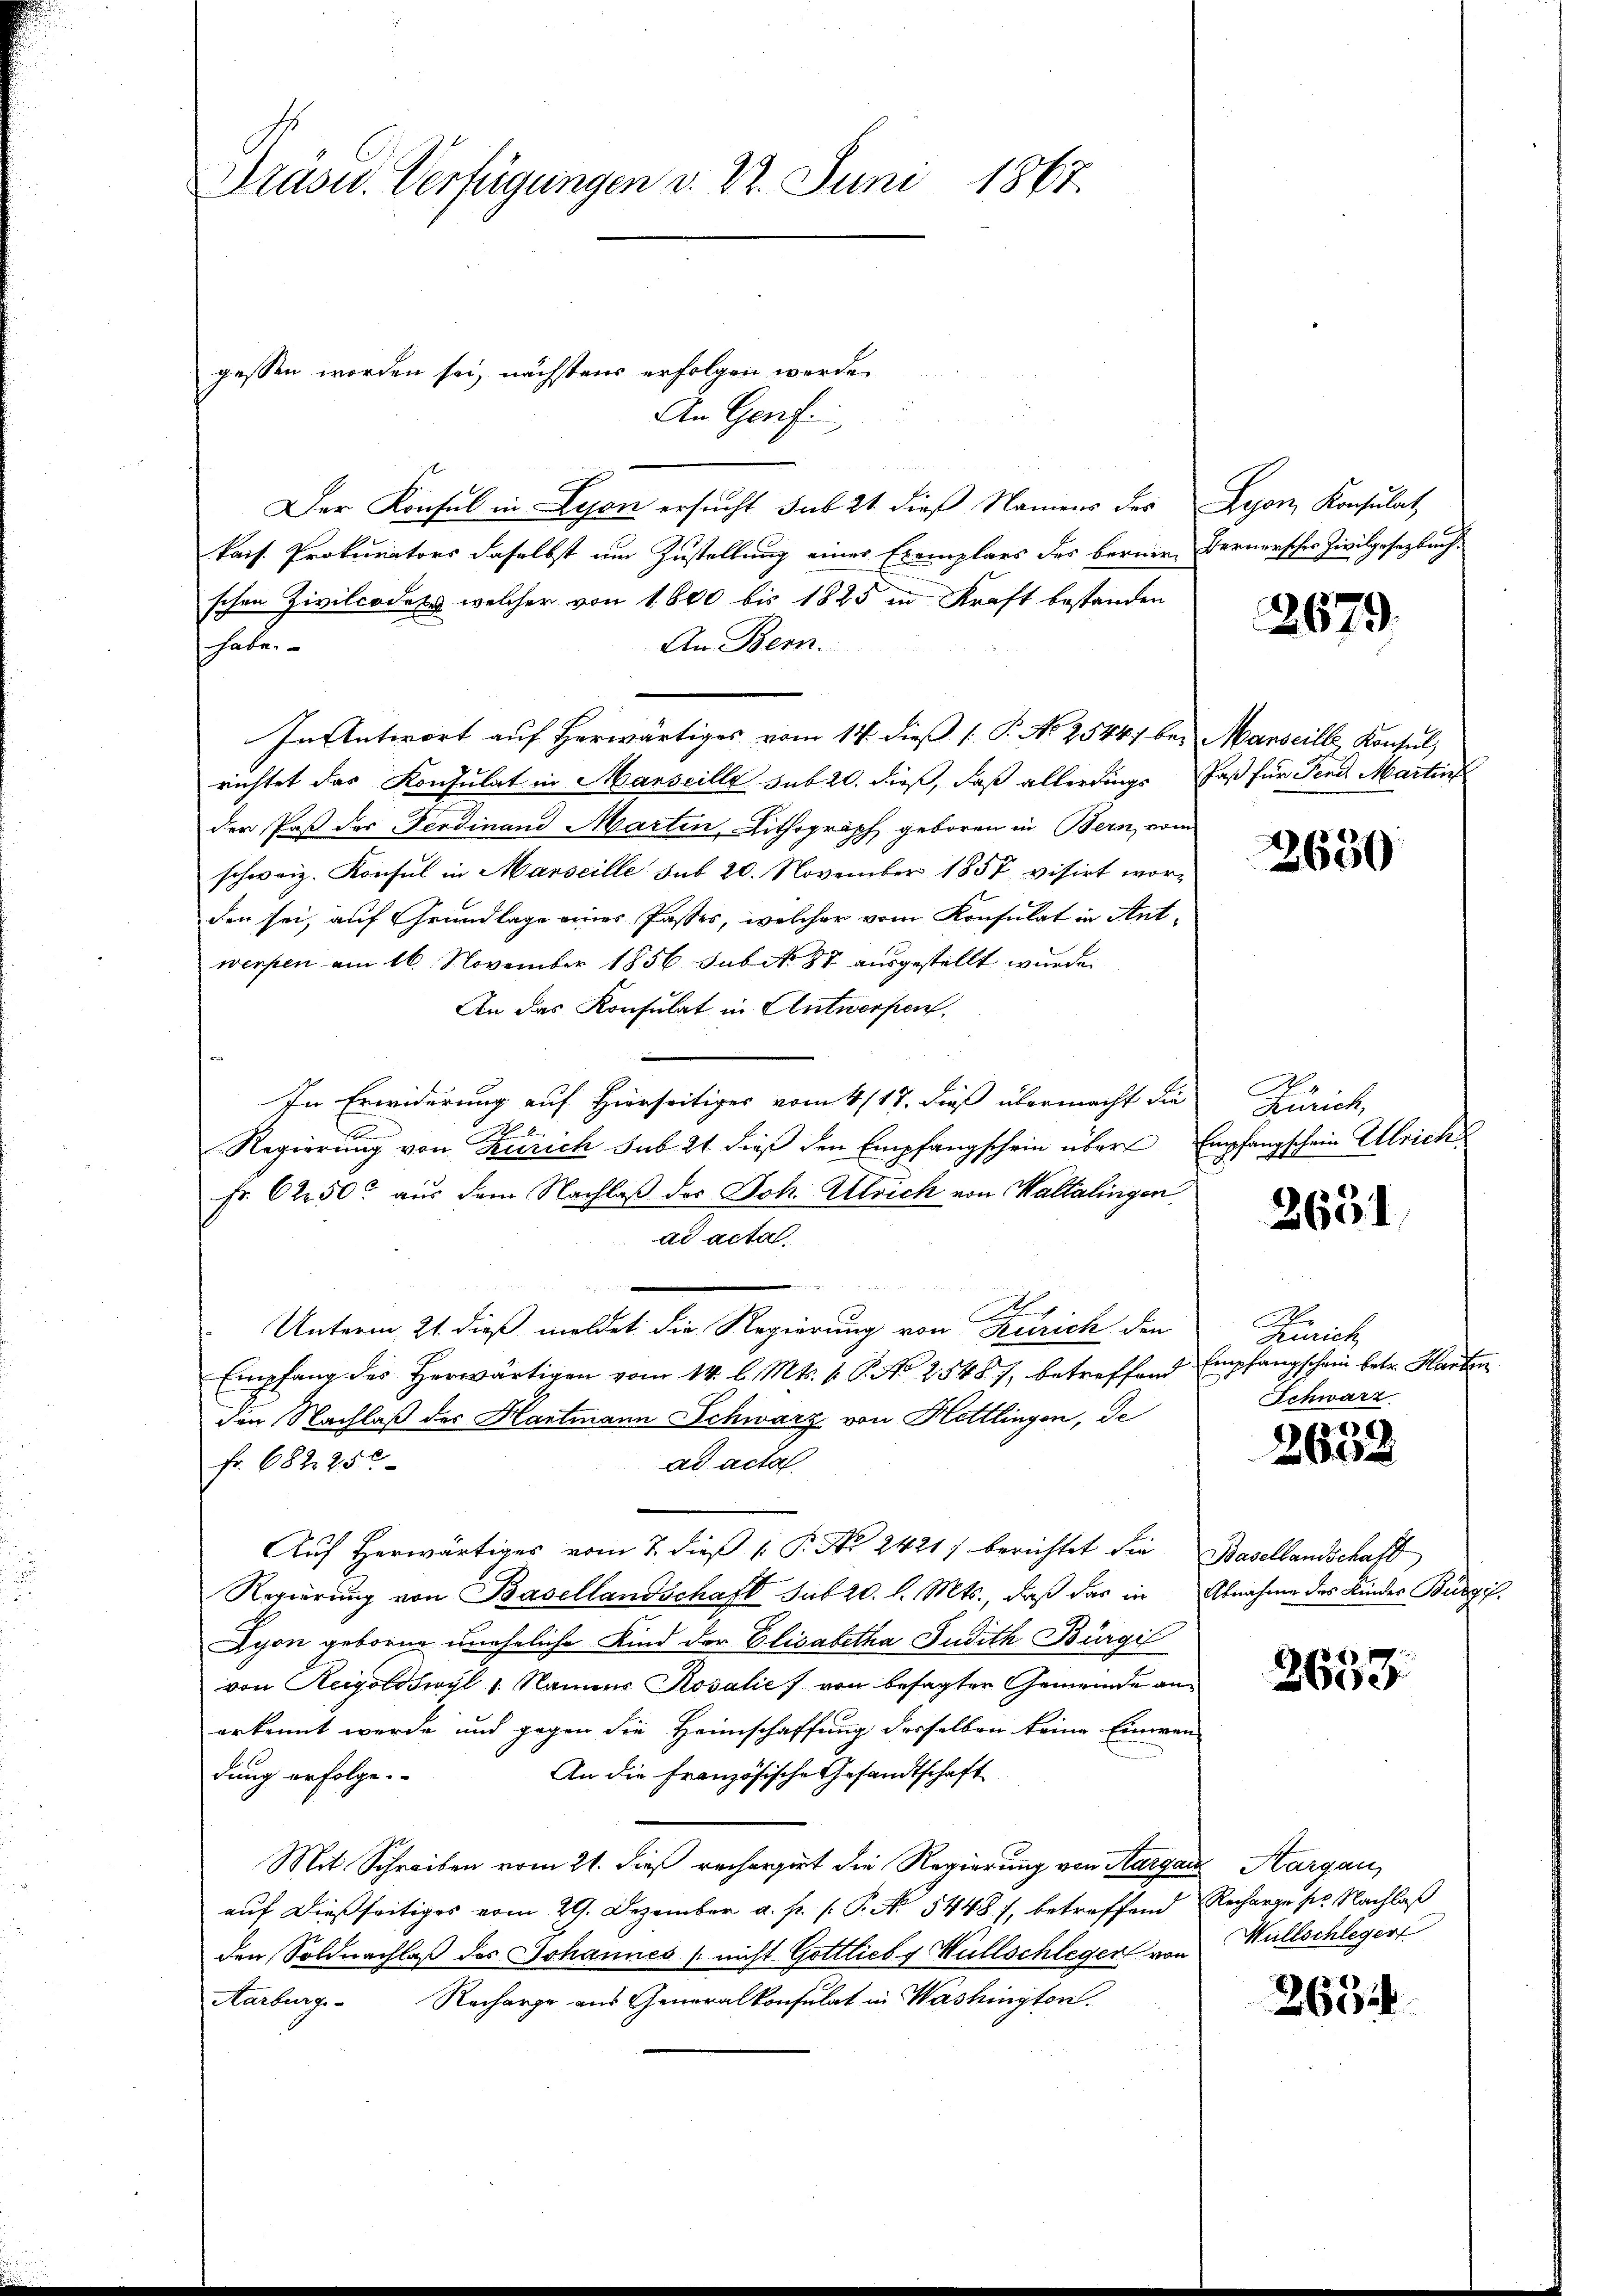
Präsid. Verfügungen v. 2. Juni 1867.

gessen worden sei, nächstens erfolgen werde
An Genf.
Der Konsul in Lyon ersucht sub 21 dieß Namens des Lyon Konsulat
kais. Prokurators daselbst um Zustellung einer Exemplars des berner Bernerscher Zivilgesetzbuchschen Zivilcodets welcher von 1800 bis 1825 in Kraft bestanden
An Bern.
habe.
In Antwort auf Herwärtiges vom 14. dieß P. No 2544) bei Manseille Konsul,
richtet das Konsulat in Marseille sub 20. dieß, daß allerdings Paß für Pend Martin
der Paß der Ferdinand Martin, Lithograph geboren in Bern, vom
schweiz. Konsul in Marseille sub 20. November 1857 visirt wor-
den sei, auf Grundlage eines Passes, welcher vom Konsulat in Antwerfen am 16. November 1856 sub No. 87 ausgestellt wurde.
An das Konsulat in Antworfen,
In Erwiderung auf Hierseitiges vom 4/17. dieß übermacht die
Regierung von Zürich sub 21 dieß den Empfangschein über Empfangschein Ulrich
Fr. 622 50 aus dem Nachlaß des Joh. Ulrich von Waltalingen
ad acta
e
Unterm 21. dieß meldet die Regierung von Kurich den
Empfang des Herwärtigen vom 14. l. Mts. v. P. No 2548, betreffend
den Nachlaß des Hartmann Schwarz von Hettlingen, de
ad acta
Fr. 682. 250
Auf herwärtiges vom 2. dieß P. Nr. 2421) berichtet die Basellandschaft
Regierung von Basellandschaft sub 20. l. Mts., daß das in Abnahme des Kinder Bürg¬
Syon geborne uneheliche Kind der Elisabetha Judith Bürgil
von Reigoldswyl 1. Namens Rosalief von besagter Gemeinde anerkennt werde und gegen die Heimschaffung desselben keine Einwen-
dung erfolge.
An die Französische Gesandtschaft
Mit Schreiben vom 21. dieß rechargirt die Regierung von Margau, Aargau,
auf dießseitiges vom 29. Dezember a. p. s. P. Nr. 5448), betreffend Recharge ser Nachlaß
den Soldnachlaß des Johannes (nicht Gottlieb g Hüllschleger von
Recharge aus Generalkonsulat in Washington.
Aarburg-

2679.

2650

Zürich,

2631

Aer
Zürich
Empfangschein betr. Harten
Schwarz

.36)
2604

2659

Wüllschlegert

263